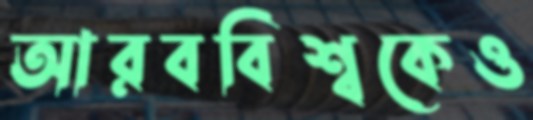
আরববিশ্বকেও